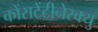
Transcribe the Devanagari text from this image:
कोंसटेंटीनेस्क्यु